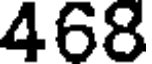
468